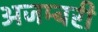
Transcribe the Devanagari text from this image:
अजम्बरी